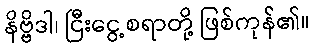
နိဗ္ဗိဒါ၊ ငြီးငွေ့စရာတို့ ဖြစ်ကုန်၏။